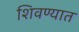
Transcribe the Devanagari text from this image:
शिवण्यात